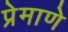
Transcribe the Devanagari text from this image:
प्रेमाणे